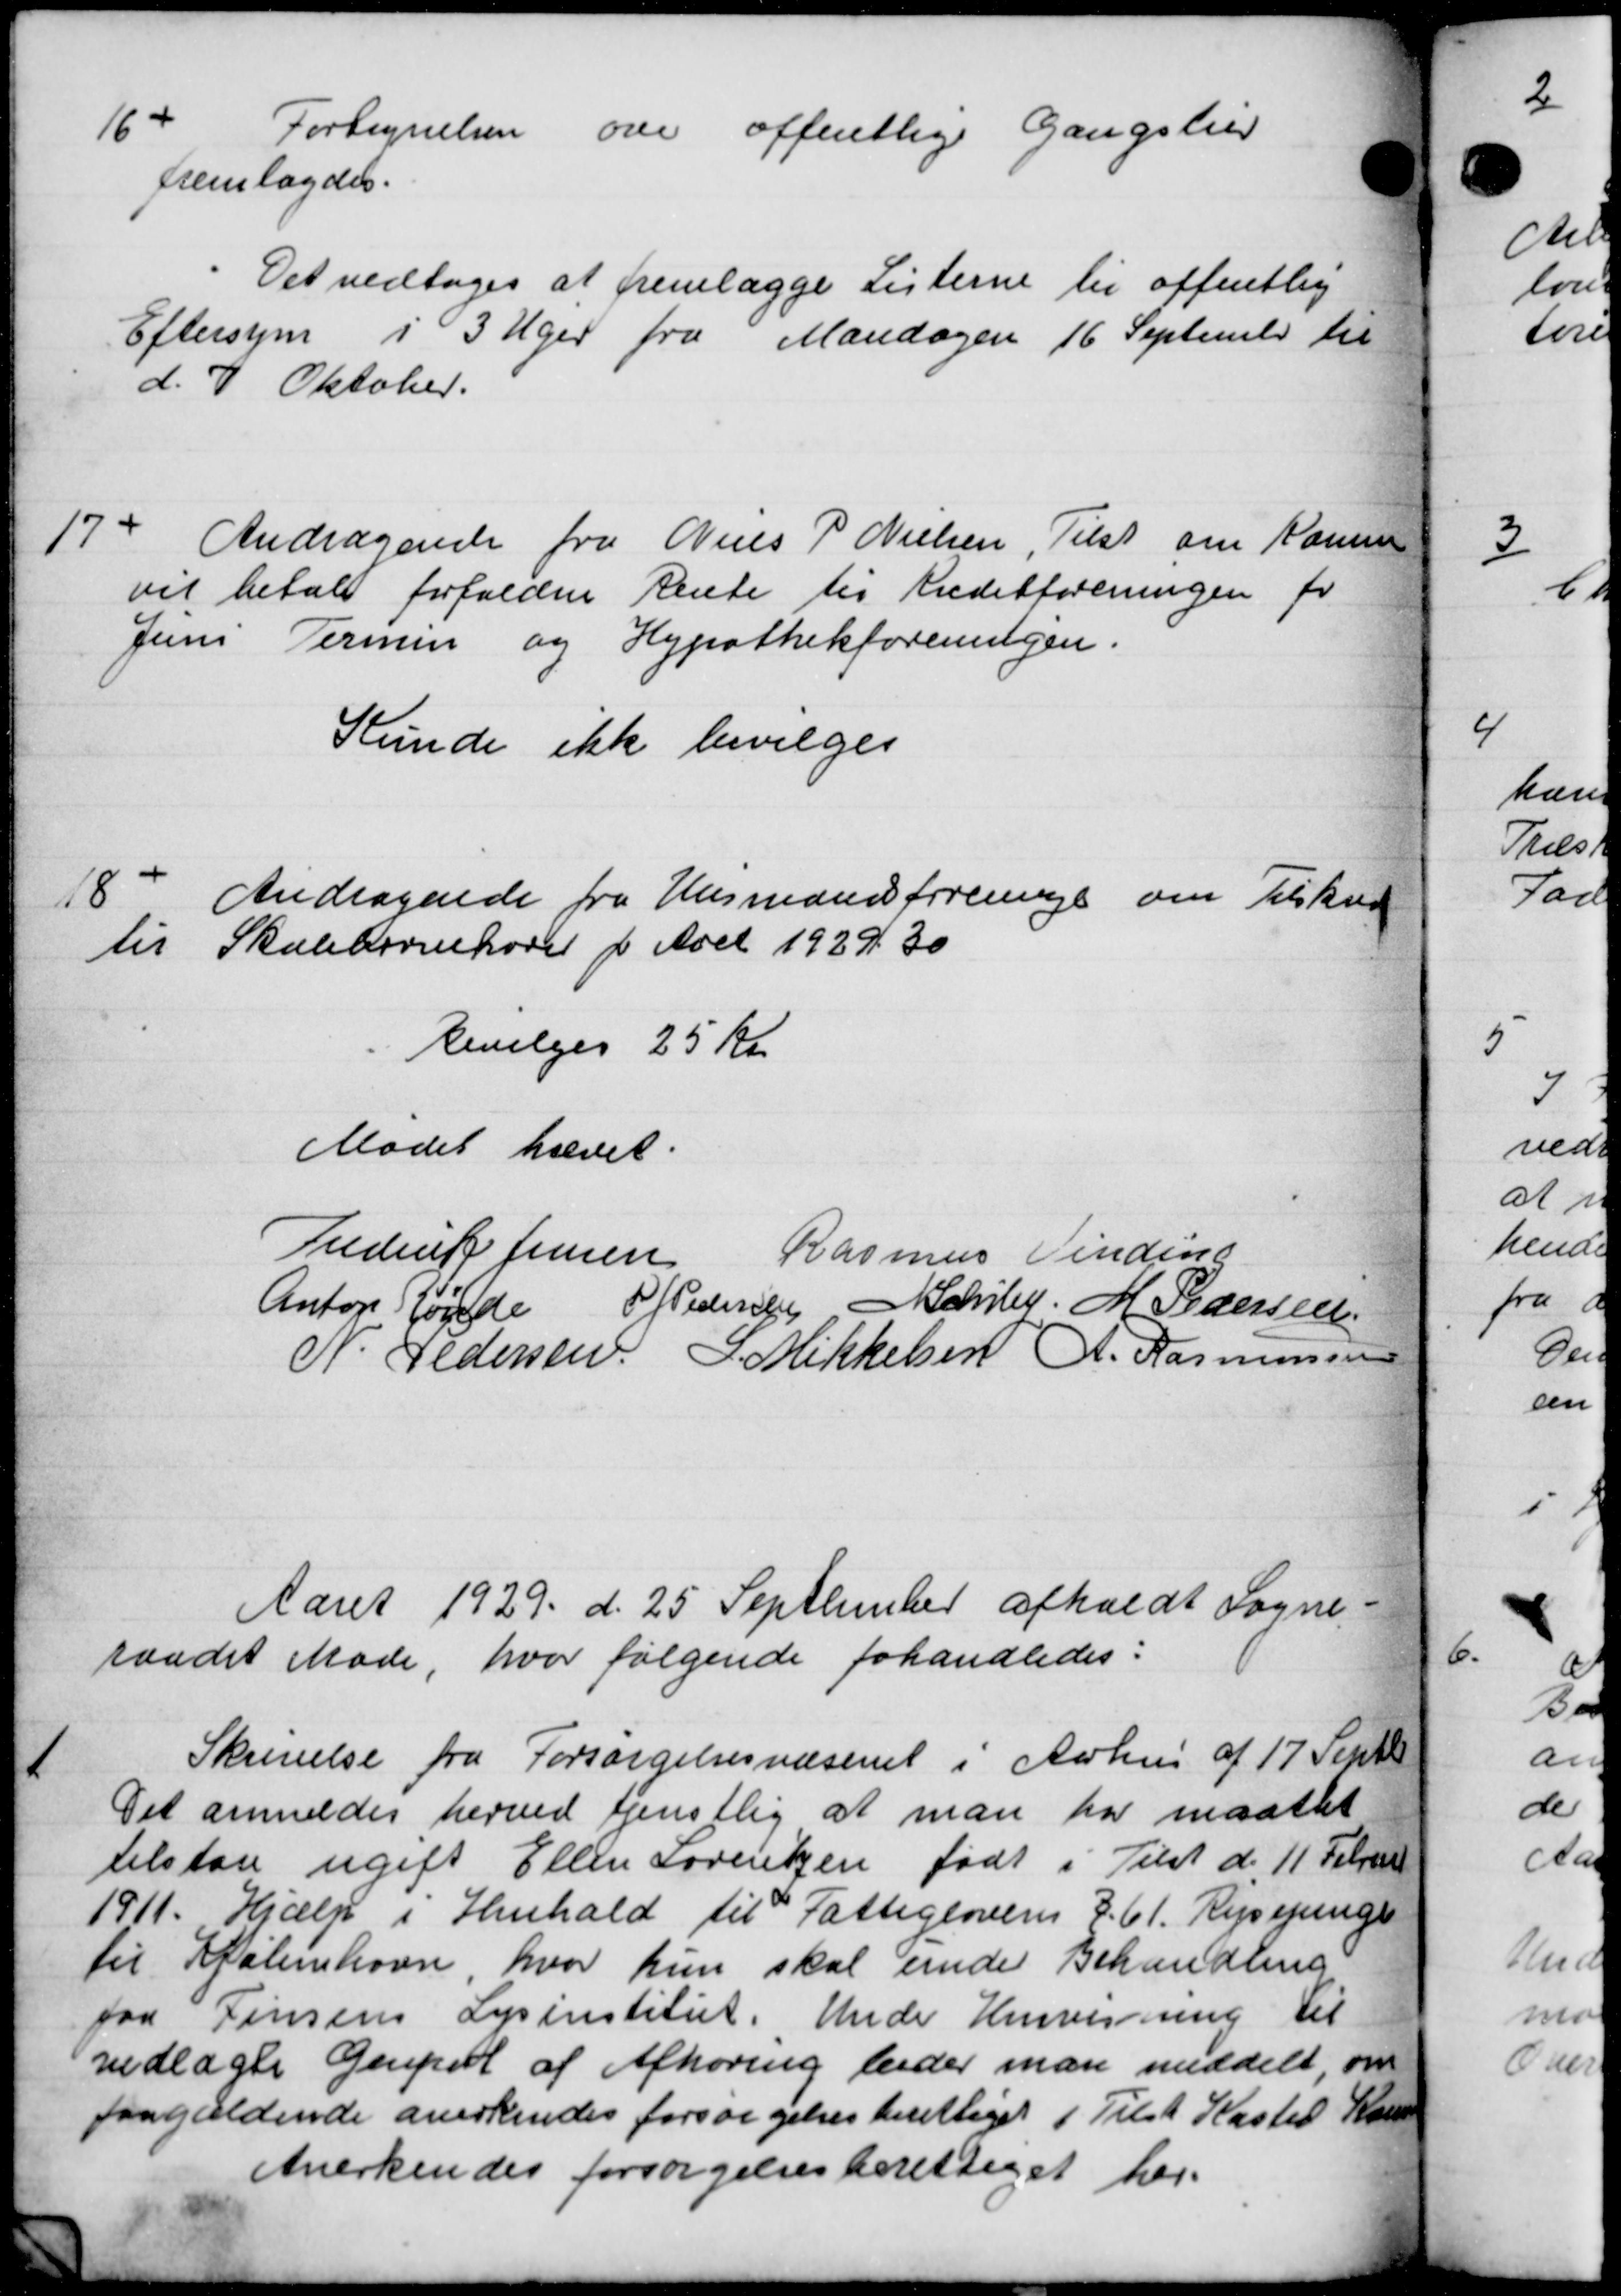
Transskription:
164
Fortegnelsen over offentlige Gangstier
fremlagdes.
Det vedtoges at fremlægge Listerne til offentlig
Eftersyn i 3 Uger fra Mandagen 16 September til
d. 7 Oktober
17d
Andragende fra Niels P. Nielsen, Tilst om Komm
vil betale forfaldne Rente til Kreditforeningen fr
Juni Termin og Hypothekforeningen.
Kunde ikke bevilges
18"
Andragende fra Husmandsforeninge om Tilskud
til Skolebørnehoved f. Aret 1929.30
Bevilges 25 Kr.
Mødet hævet.
Frederik Jensen
Rasmus Vindin
Anton Rønde P. Pedersen A Schley M Pedersen
N. Pedersen J Mikkelsen A. Rasmussen
Aaret 1929 d. 25 September afholdt Sogne-
raadet Møde, hvor følgende forhandledes:

Skrivelse fra Forsørgelsesvæsenet i Aarhus af 17 Septb
Det anmeldes herved tjenstlig at man har maattet
tilstaa ugift Ellen Sørensen født i Tilst d. 11 Februar
1911. Hjælp i Henhold til Fattiglovens § 61. Rejsepenge
til København, hvor hun skal unde Behandling
fra Jensens Lysinstitut. Under Henvisning til
vedlagte Genpeol af Afhøring beder man meddelt, om
paagældende anerkendes forsørgelsesberettiget i Tilst Kasted Kom
Anerkendes forsørgelsesberettiget her.